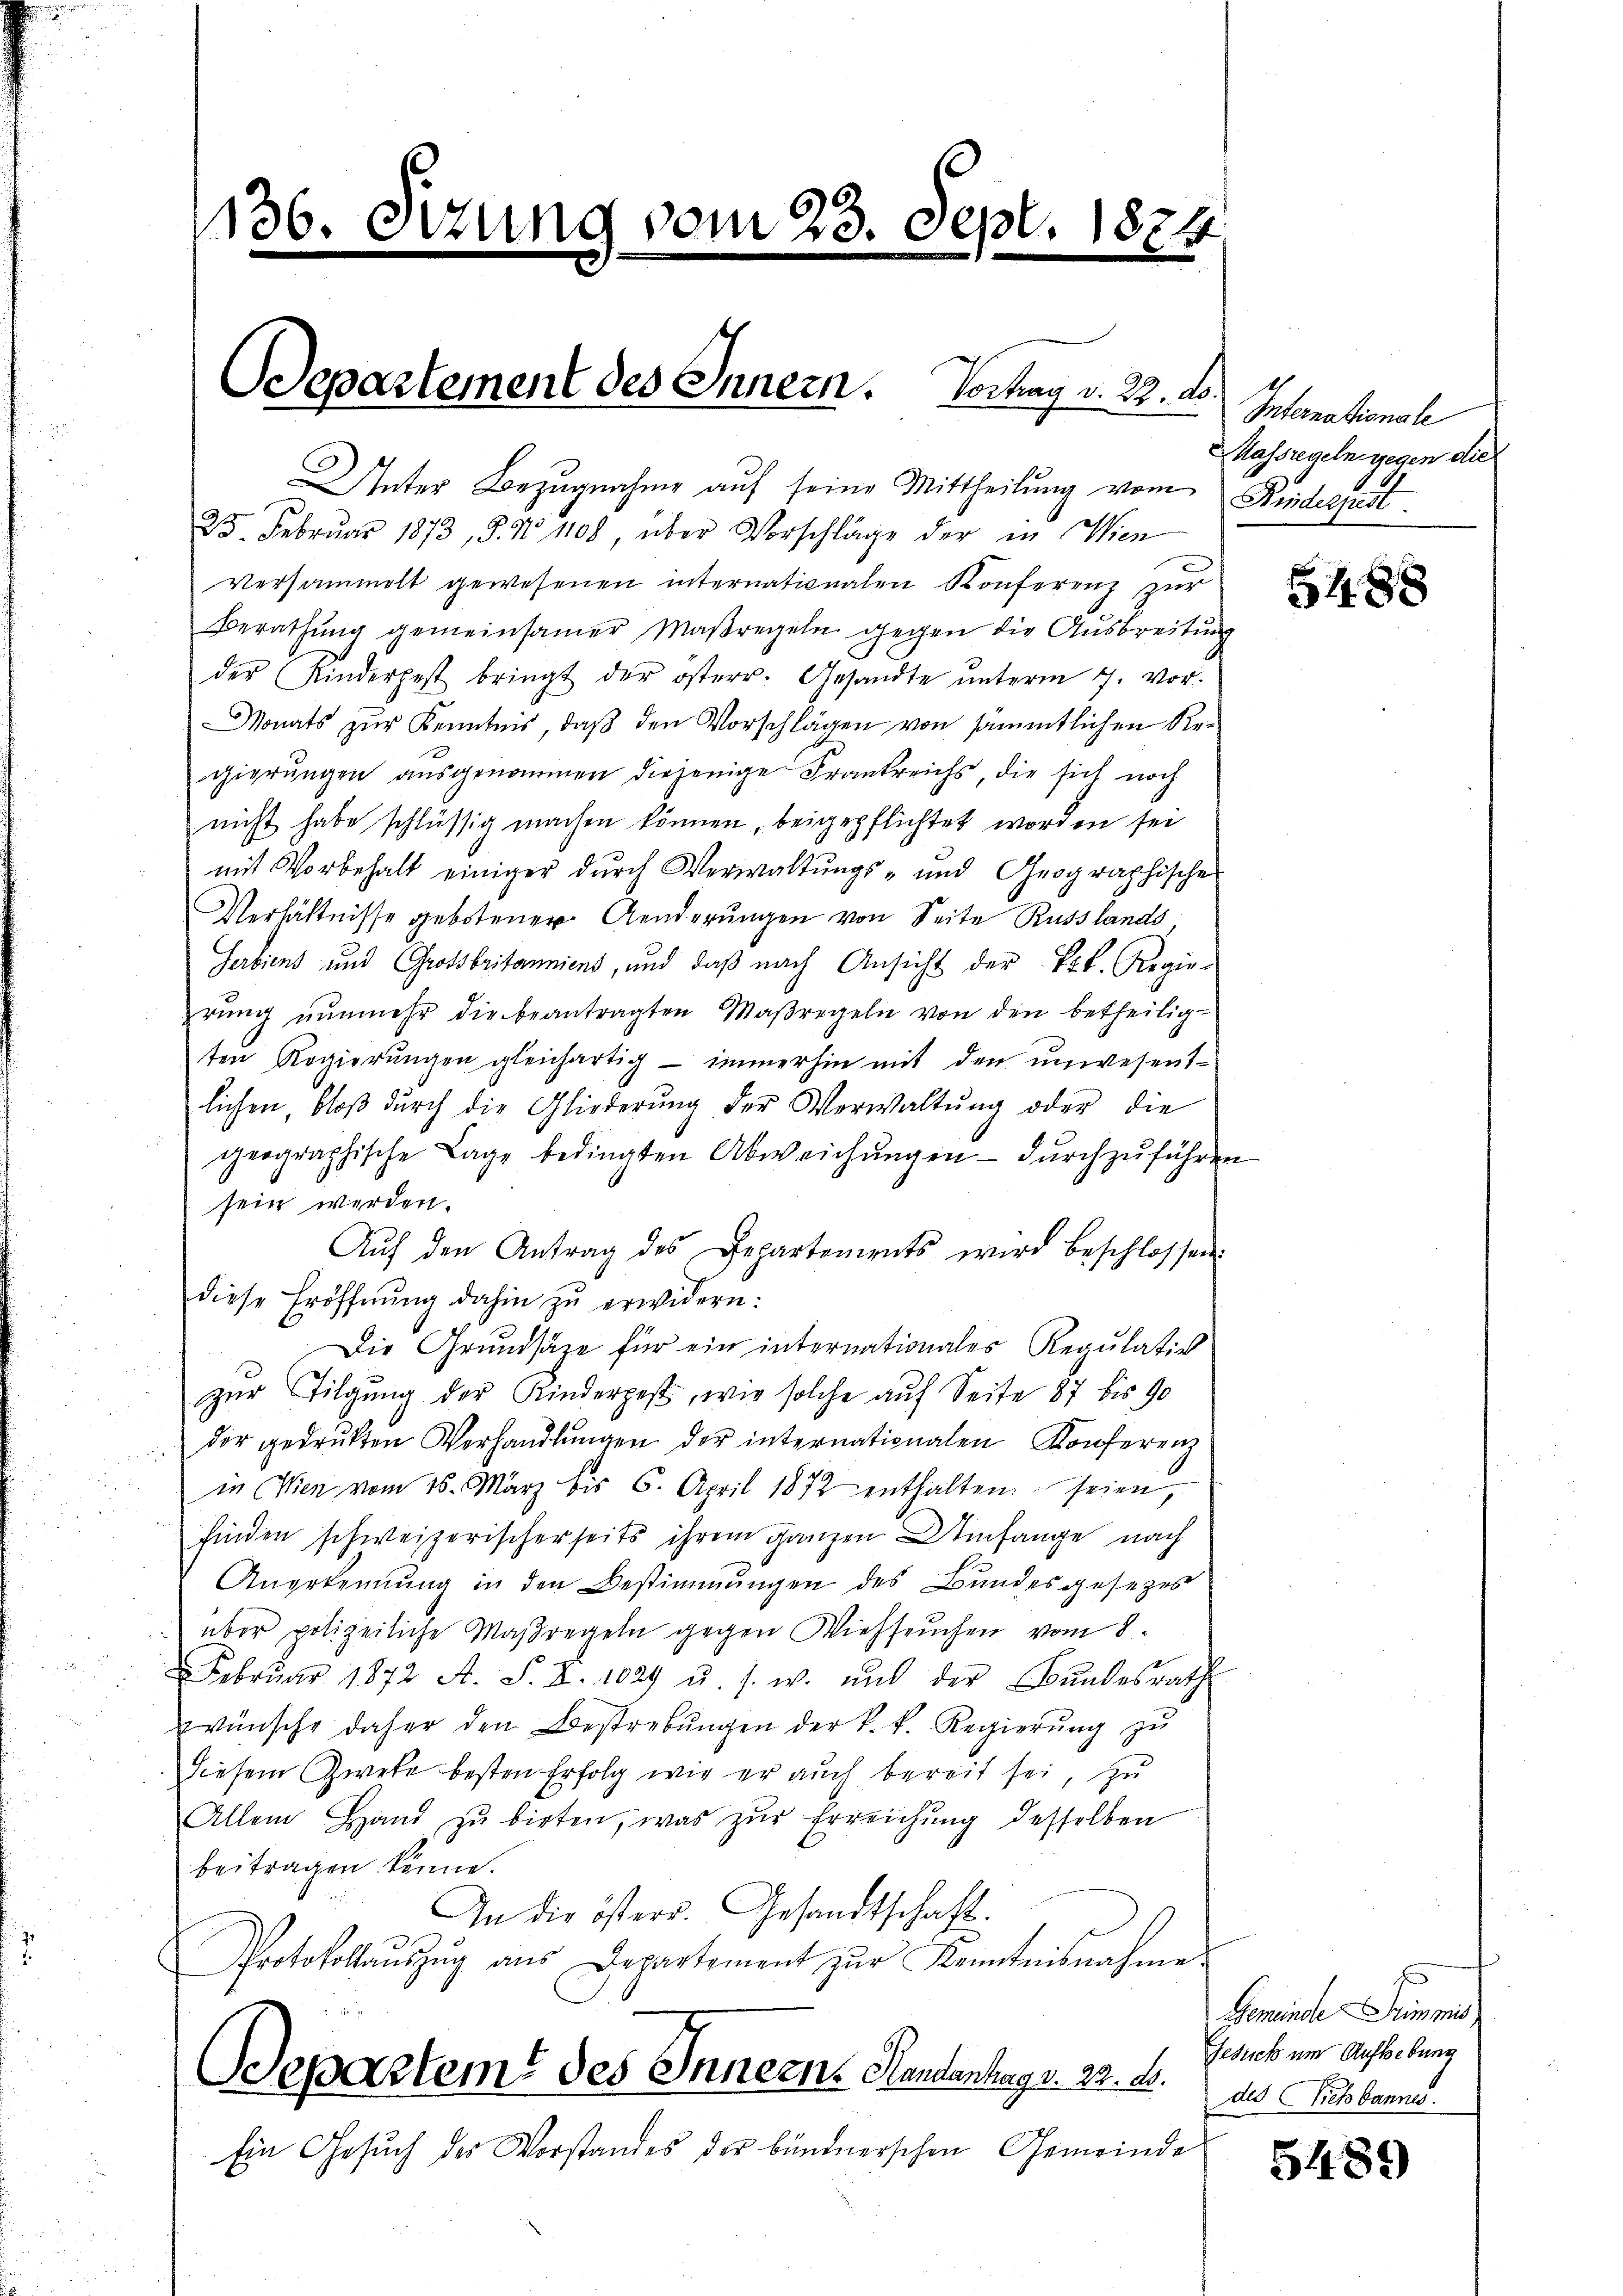
136. Setzung vom 23. Sept. 1874.
e

Unter Bezugnahme auf seine Mittheilung vom Kinderpest.
25. Februar 1873, 8. No 1108, über Vorschläge der in Wien

versammelt gewesenen internationalen Konferenz zur
Berathung gemeinsamer Maßregeln gegen die Ausbreitung
der (Kinderpest bringt der österr. Gesandte ŭnterm 7. vor.
Monats zur Kenntnis, daß den Vorschlägen von sämmtlichen Regierungen ausgenommen diejenige Frankreichs die sich noch
nicht habe schlüssig machen können, beigepflichtet worden sei
mit Vorbehalt einiger durch Verwaltungs- und Geographische
Verhältnisse gebotenen Aenderungen von Seite Russlands,
Serbiens und Grossbritanniens, und daβ nach Ansicht der Tit. Regie-
rŭng nŭnmehr die beantragten Maßregeln von den betheilig-
ten Regierŭngen gleichartig immerhin mit den unwesent-
lichen, bloß durch die Gliederung der Verwaltŭng oder die
geographische Lage bedingten Abweichŭngen durchzŭführen
sein werden.
Aŭf den Antrag des Departements wird beschlossen:
diese Eröffnŭng dahin zŭ erwidern:
Die Grundsätze für ein internationales Regulativ
zŭr Tilgung der Kinderpest, wie solche auf Seite 87 bis 90
.der gedrukten Verhandlŭngen der internationalen Konferenz
in Wien vom 15. März bis 6. April 1872 enthalten seien,
finden schweizerischerseits ihrem ganzen Umfange nach
Anerkennung in den Bestimmungen des Bundesgesezes
über polizeiliche Maßregeln gegen Viehseuchen vom 8.
Febrŭar 1872 A. S. Z. 1029 u. s. w. und der Bŭndesrath
wünsche daher den Bestrebŭngen der k. k. Regierŭng zŭ
Diesem Zweke besten Erfolg wie er auch bereit sei, zu
Allein Hand zŭ bieten, was zŭr Erreichŭng desselben
beitragen könne.
An die östers. Gesandtschaft.
Protokollaŭszŭg aŭs Departement zŭr Kenntnisnahme
Departemt des Innern. Handenhag v. 29. X.
Ein Gesuch des Vorstandes der bündnerschen Gemeinde

Departement des Innern. Vonay v. 22. d.

Internationale
Massregeln gegen die

5488

Gemeinde Summ
Schick um Aufhebung
dis ich bannes.

5489